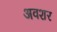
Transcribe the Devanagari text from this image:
अवशर